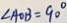
\angle A O B = 9 0 ^ { \circ }